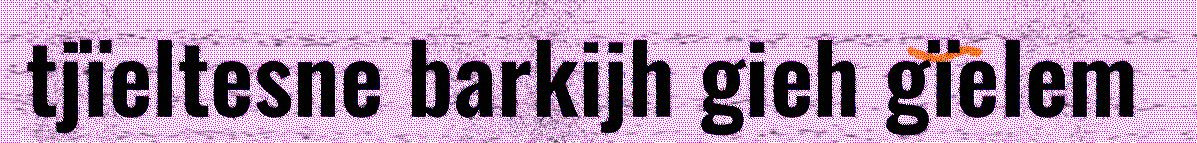
tjïeltesne barkijh gieh gïelem